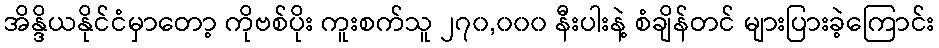
အိန္ဒိယနိုင်ငံမှာတော့ ကိုဗစ်ပိုး ကူးစက်သူ ၂၇၀,၀၀၀ နီးပါးနဲ့ စံချိန်တင် များပြားခဲ့ကြောင်း